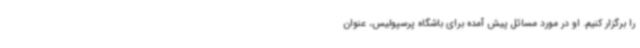
را برگزار کنیم. او در مورد مسائل پیش آمده برای باشگاه پرسپولیس، عنوان